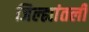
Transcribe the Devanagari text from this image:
जिल्ह्यांतली